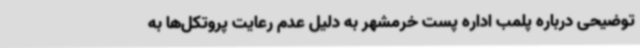
توضیحی درباره پلمب اداره پست خرمشهر به دلیل عدم رعایت پروتکل‌ها به